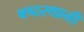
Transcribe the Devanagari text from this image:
षष्ठस्थानी